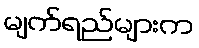
မျက်ရည်များက